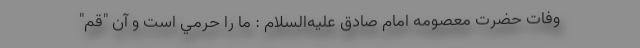
وفات حضرت معصومه امام صادق عليه‌السلام : ما را حرمي است و آن "قم"